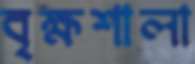
বৃক্ষশালা